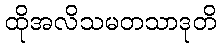
ထိုအလိသမတသာဒုတိ